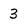
Character: 3